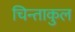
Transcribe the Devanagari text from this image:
चिन्ताकुल